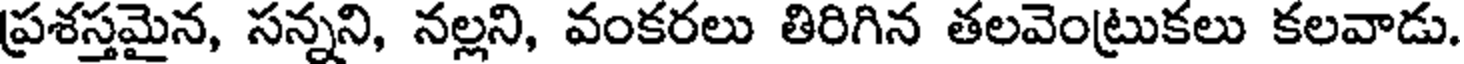
ప్రశస్తమైన, సన్నని, నల్లని, వంకరలు తిరిగిన తలవెంట్రుకలు కలవాడు.